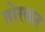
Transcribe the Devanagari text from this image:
तोरकर